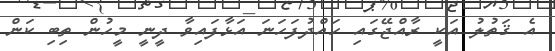
އެ ޤަތުލު އަކީ ރާއްޖޭގައި ހައްދުފަހަނަ އަޅާފައިވާ ދީނީ މީހުން ތިބި ކަން